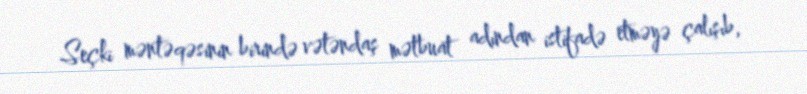
Seçki məntəqəsinin birində vətəndaş mətbuat adından istifadə etməyə çalışıb,